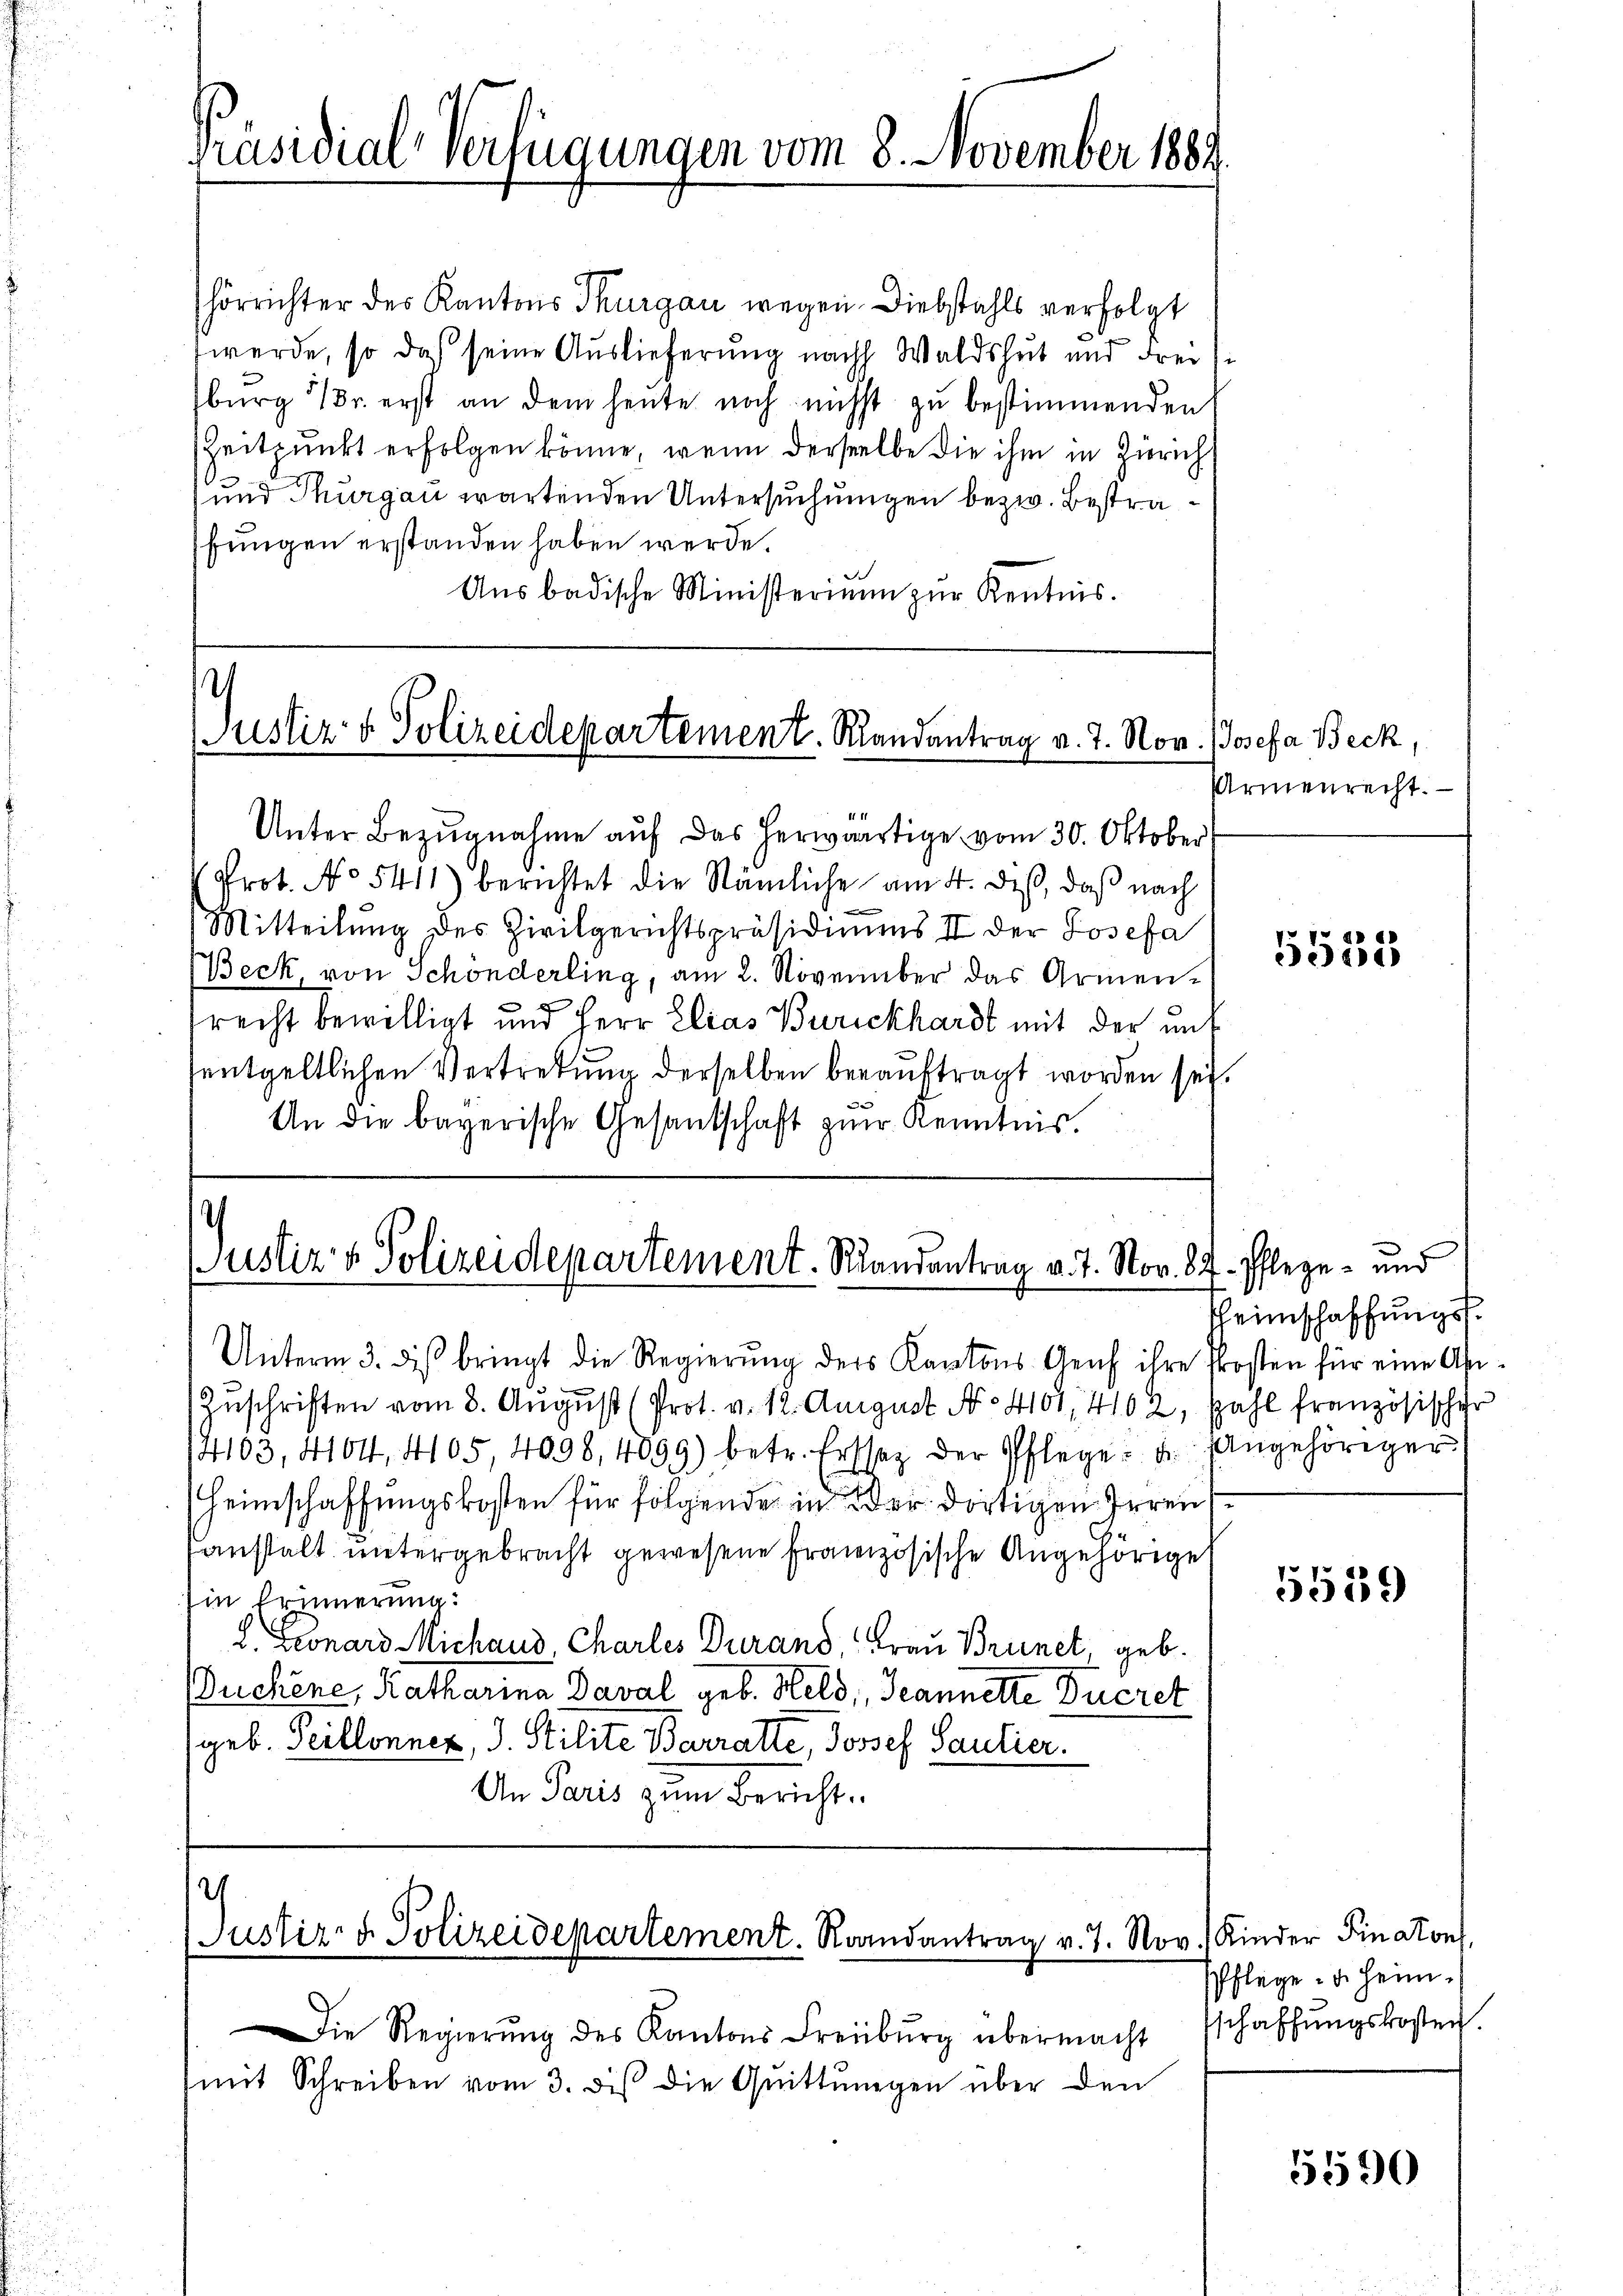
Präsidial-Verfügungen vom 8. November 1884

hörrichter des Kantons Thurgau wegen Diebstahls verfolgt
werde, so daß seine Auslieferung nach Waldshut und Frei-
burg 1 Fr. erst an dem heute noch nicht zu bestimmenden
Zeitpunkt erfolgen könne, wenn derselbe die ihm in Zürich
und Thurgau wartenden Untersuchungen bezw. Bestrafungen erstanden haben werde.
Aŭsbadische Ministeriŭm zŭr Kentnis.

.
Justiz & Polizeidepartement. Randantrag v. 7. Nov. Josefa Beck,

Unter Bezugnahme auf das herwärtige vom 30. Oktober
Prot. No 5411) berichtet die Nämliche am 4. des, daß nach
Mitteilŭng des Zivilgerichtspräsidiums II der Josefa
Beck, von Schonderling, am 2. November das Armenrecht bewilligt und Herr Elias Burckhardt mit der unt
entgeltlichen Vertretung derselben beauftragt worden sei.
An die bayerische Gesandschaft zŭr Kenntnis.

Justiz & Polizeidepartement. Randantrag v. 7. Nov. 87. Pflege - und

Unterm 3. des bringt die Regierung ders Kantons Genf ihre Prosten für eine An¬
Zuschriften vom 8. August (Prot. v. 12. August No 4101, 4102, Zahl französischer
14103, 4104, 4105 4098, 4099) betr. Erssez der Pflege u. Angehöriger
Heimschaffungskosten für folgende in der dortigen Irrenanstalt untergebracht gewesene Französische Angehörige
Ein Erinnerung:
L. Leonard Michaus, Charles Durand, Frau Brunet, geb.
Buchene, Katharina Daval geb. Held, Jeannette Ducret
geb. Teillonnez, J. Stilite Barratte, Josef Paulier.
An Paris zum Bericht

c
Justiz- & Polizeidepartement. Randantrag v. 7. Nov.) Kinder Finator,

Die Regierŭng des Kantons Freiburg übermacht
(mit Schreiben vom 3. dis die Quittungen über den

Armenrecht.

5533

Heimschaffungs¬

5559

Pflege - u. heimsschaffungskosten.

5590